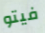
فيتو